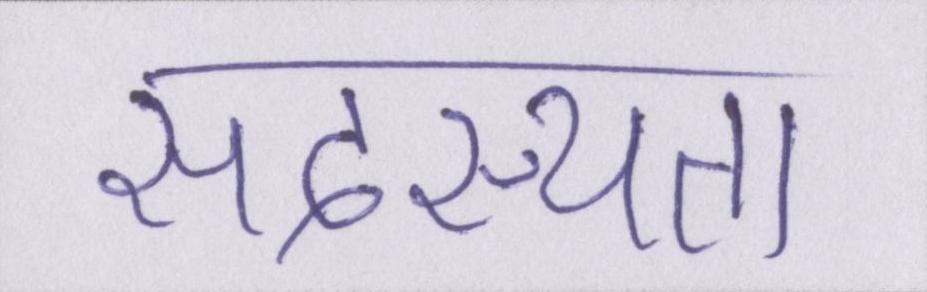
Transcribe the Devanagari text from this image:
सदस्यता